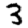
Digit: 3